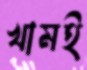
খামই